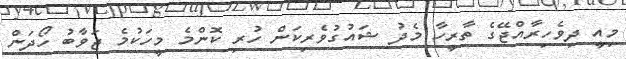
މިއީ ދިވެހިރާއްޖޭގެ ތާރީހާ މެދު ޝައުގުވެރިކަން ހުރި ކޮންމެ މީހަކުމެ ޖަވާބު ހޯދަން